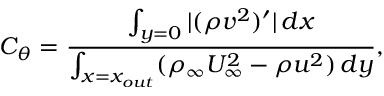
C _ { \theta } = \frac { \int _ { y = 0 } | ( \rho v ^ { 2 } ) ^ { \prime } | \, d x } { \int _ { x = x _ { o u t } } ( \rho _ { \infty } U _ { \infty } ^ { 2 } - \rho u ^ { 2 } ) \, d y } ,